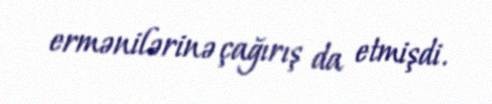
ermənilərinə çağırış da etmişdi.